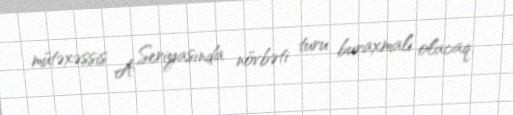
mütəxəssis A Seriyasında növbəti turu buraxmalı olacaq.